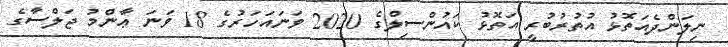
ނިލަންދެއަތޮޅު އުތުރުބުރީ އަތޮޅު ކައުންސިލްގެ 2020 ވަނައަހަރުގެ 18 ވަނަ ޢާންމު ޖަލްސާގެ